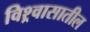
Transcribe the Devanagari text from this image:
विश्र्वासातील